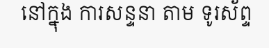
នៅក្នុង ការសន្ទនា តាម ទូរស័ព្ទ